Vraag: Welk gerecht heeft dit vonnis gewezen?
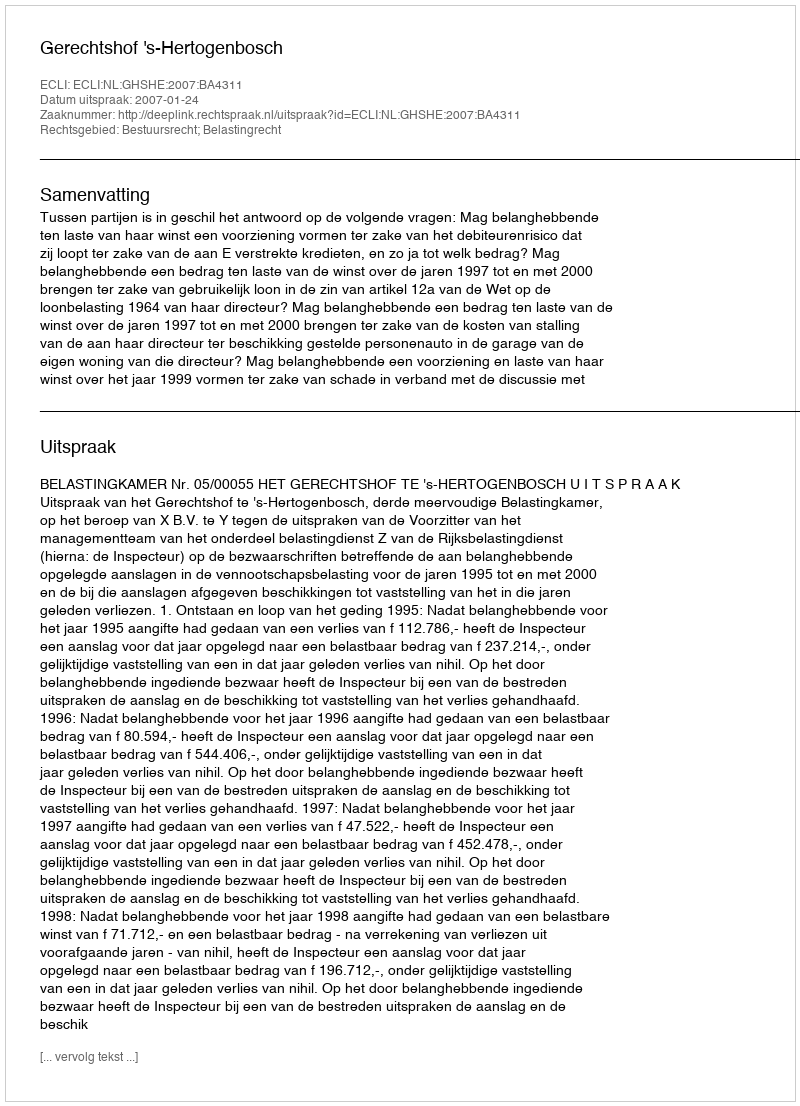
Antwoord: Gerechtshof 's-Hertogenbosch